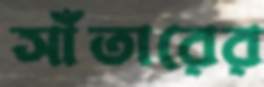
সাঁতারের